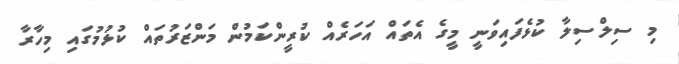
މި ސިލްސިލާ ކުޅެފައިވަނީ މީގެ އެތައް އަހަރެއް ކުރީންކަމުން މަންޒަރުތައް ކުޅުމުގައި މިހާރާ